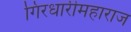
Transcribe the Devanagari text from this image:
गिरधारीमहाराज